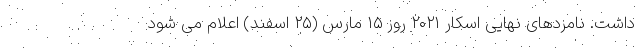
داشت. نامزدهای نهایی اسکار ۲۰۲۱ روز ۱۵ مارس (۲۵ اسفند) اعلام می شود